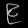
Digit: ၉